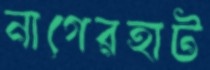
নাগেরহাট